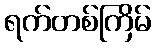
ရက်တစ်ကြိမ်